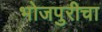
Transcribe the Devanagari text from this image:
भोजपुरीचा